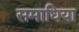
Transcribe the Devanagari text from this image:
समाधिया